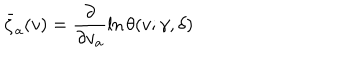
LaTeX: \bar { \zeta } _ { a } ( v ) = \frac { \partial } { \partial v _ { a } } \ln \theta ( v ; \gamma , \delta )